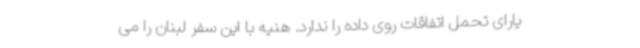
یارای تحمل اتفاقات روی داده را ندارد. هنیه با این سفر لبنان را می